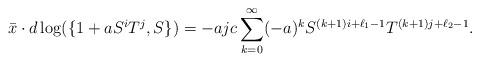
LaTeX: \begin{align*}\bar{x}\cdot d\log(\{1+aS^iT^j, S\})&=-ajc\sum_{k=0}^\infty(-a)^kS^{(k+1)i+\ell_1-1}T^{(k+1)j+\ell_2-1}.\end{align*}